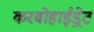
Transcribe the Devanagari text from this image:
करबोहाईड्रेट